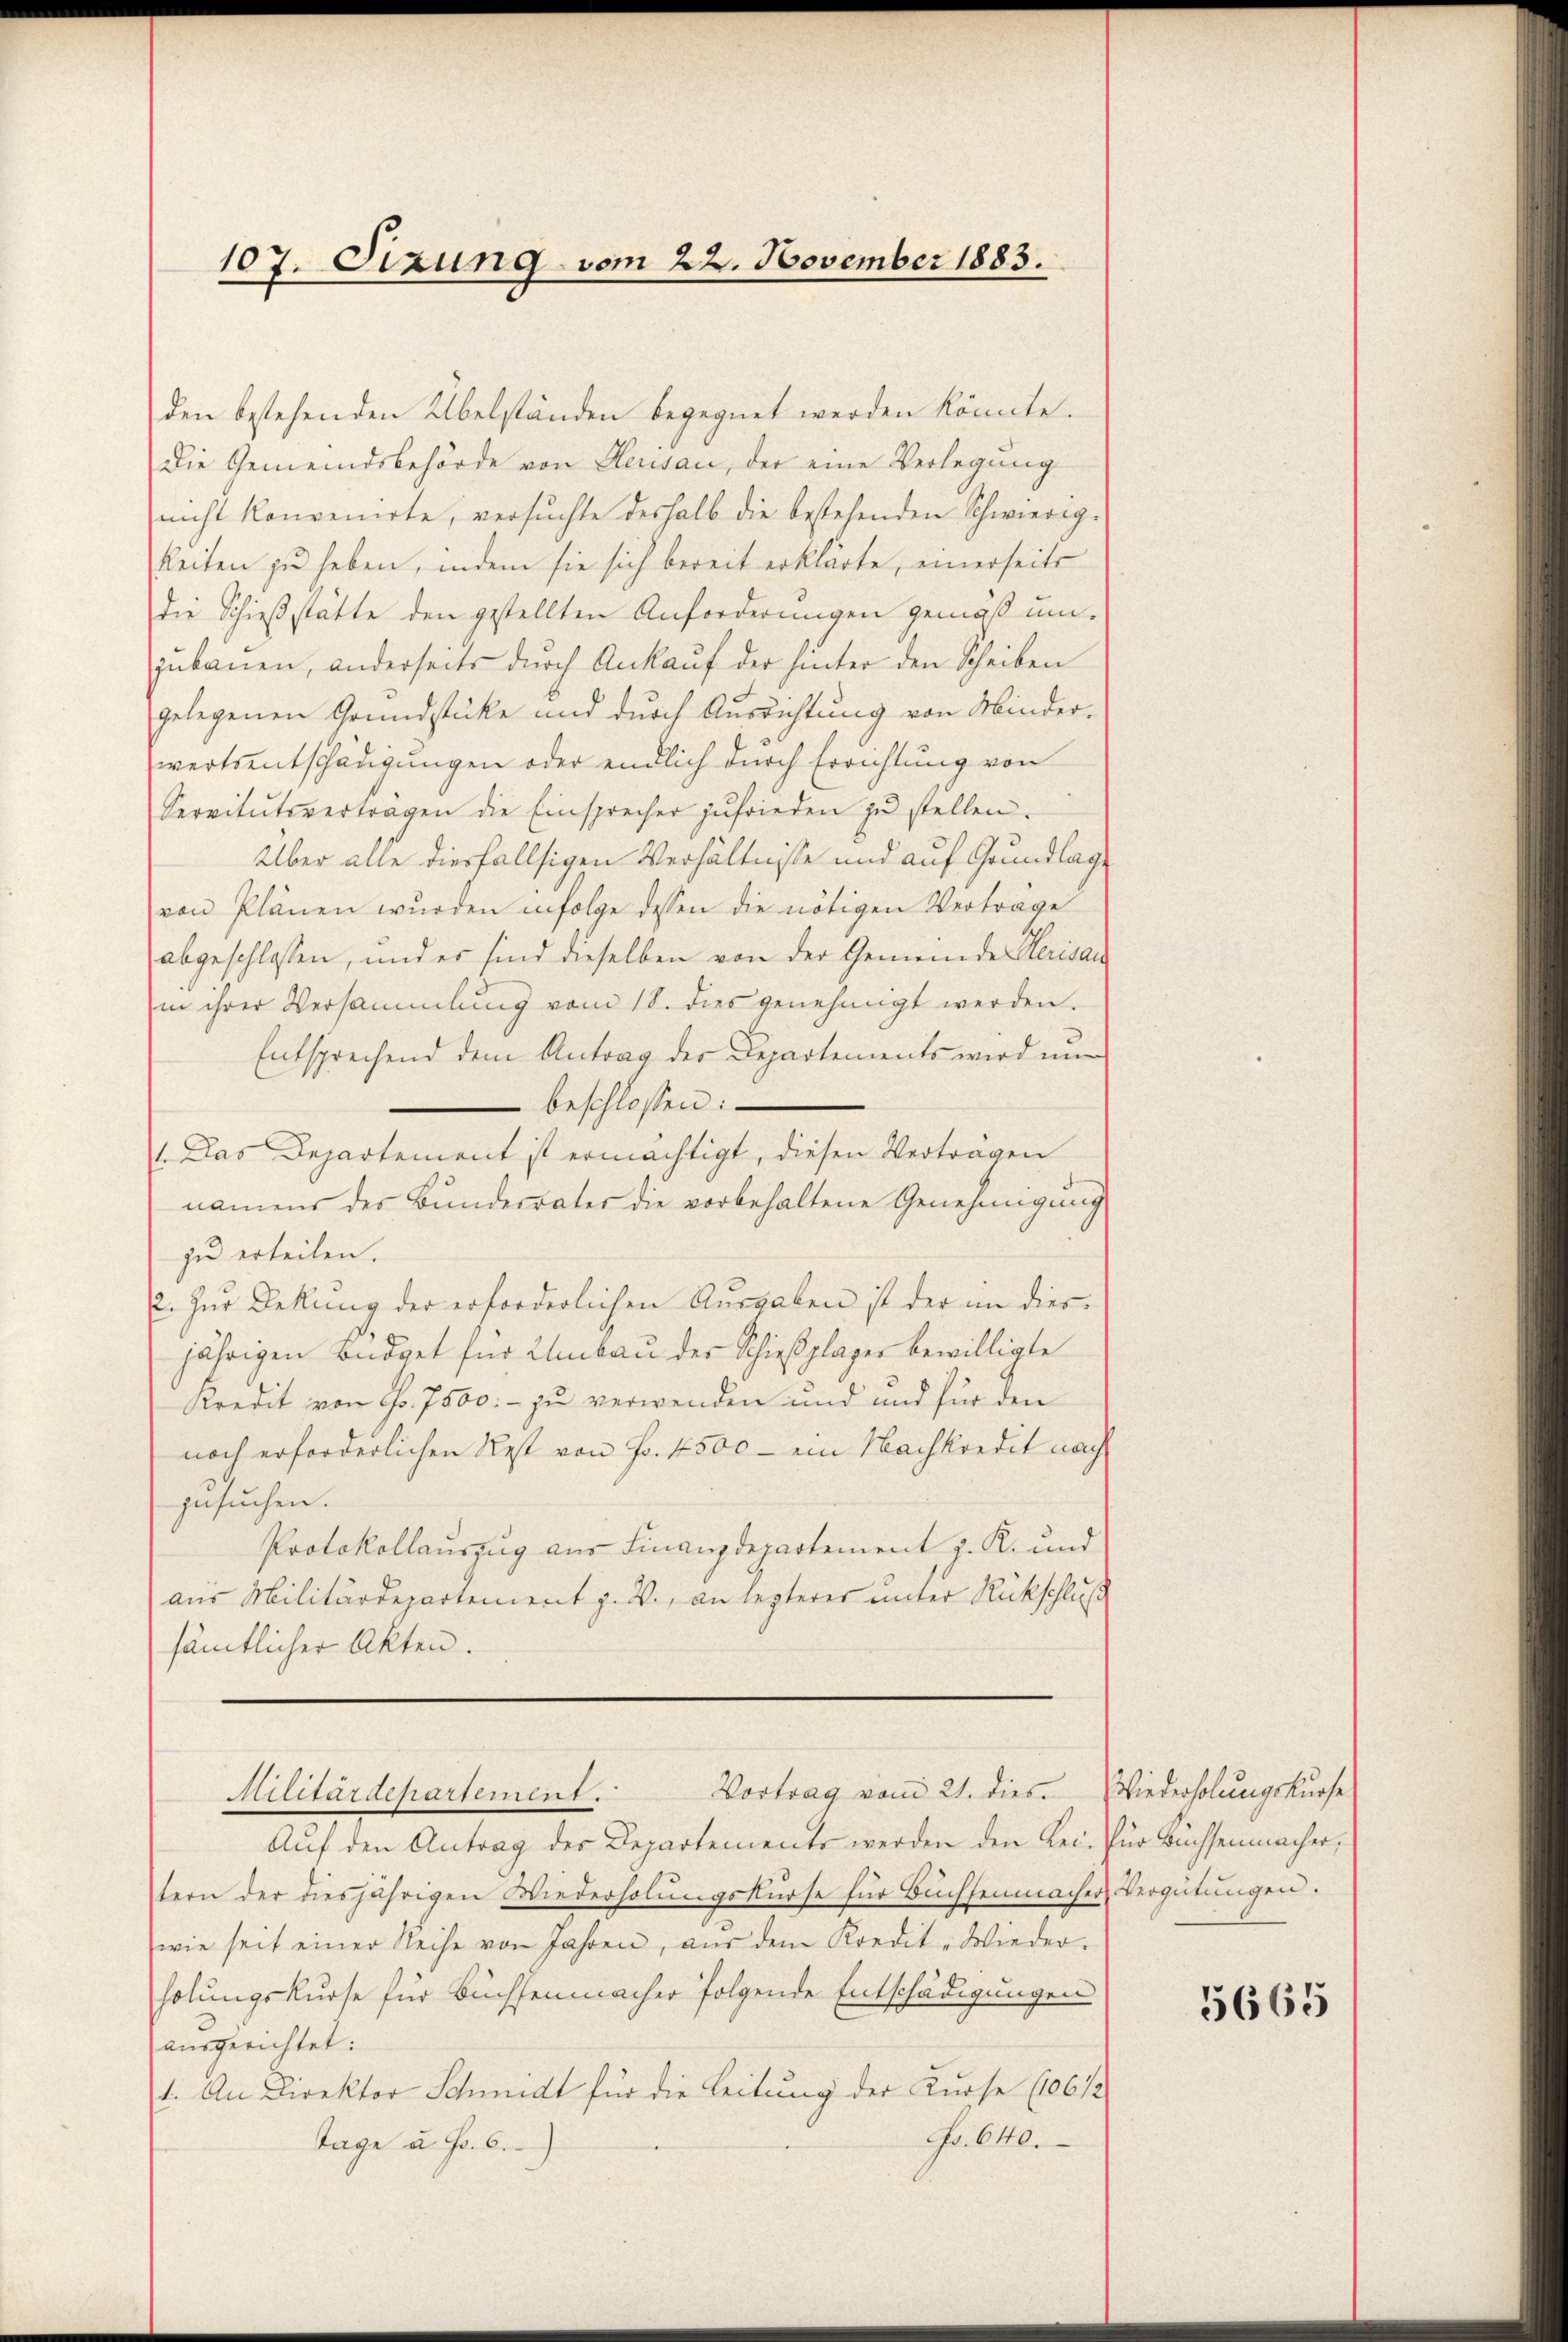
107. Sizung vom 22. November 1883.

den bestehenden Übelständen begegnet werden könnte.
Die Gemeindsbehörde von Clerisau, der eine Verlegung
nicht konvenirte, versuchte deshalb die bestehenden Schwierig-
keiten zu heben, indem sie sich bereit erklärte, einerseits
die Schießstätte den gestellten Anforderungen gemäß unzubauen, anderseits durch Ankauf der hinter den Scheiben
gelegenen Grundstücke und durch Ausrichtung von Minder-
wertsentschädigungen oder endlich durch Errichtung von
Servitŭtsverträgen die Einsprecher zufrieden zŭ stellen.
Über alle diesfallsigen Verhältnisse und auf Grundlage
von Plänen wurden infolge dessen die nötigen Verträge
abgeschlossen, und er sind dieselben von der Gemeinde Clerisau
in ihrer Versammlung vom 18. dies genehmigt werden.
Entsprechend dem Antrag der Departements wird um
beschlossen:
1. Das Departement ist ermächtigt, diesen Verträgen
namens der Bundesrater die vorbehaltene Genehmigung
zu erteilen.
2. Zur Bekung der erforderlichen Ausgaben ist der im diesjährigen Büdget für Umbau der Schießplager bewilligte
Kredit von Fr. 7500.- zu verwenden und und für den
noch erforderlichen Rest von Fr. 4500 — ein Nachkredit nach
gesuchen.
Protokollauszug aus Finanzdepartement z. R. und
aus Militärdepartement z. V., an lezterer unter Rückschluß
sämtlicher Akten.

Auf den Antrag des Departements werden den Rei- für Bachsenmacher,
tern der diesjährigen Wiederholungskurse für Buchsenmacher Vergütungen.
wie seit einer Reihe von Jahren, aŭs dem Kredit-Wieder-
holungskurse für Büchsenmacher folgende Entschädigungen
ausgerichtet:
1. An Direktor Schmidt für die Leitung der Kurse (16 1/2
No. 640.
Tage u. Fr. 6.

Vortrag vom 21. dies. Wiederholungskurse
Militärdepartement.

5665